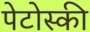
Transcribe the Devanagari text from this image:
पेटोस्की